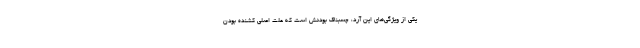
یکی از ویژگی‌های این آرد، چسبناک بودنش است که علت اصلی کشنده بودن